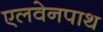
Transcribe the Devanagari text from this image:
एलवेनपाथ